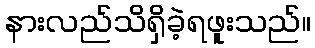
နားလည်သိရှိခဲ့ရဖူးသည်။